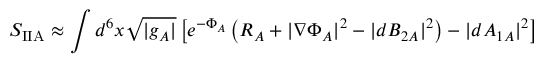
S _ { \mathrm { I I A } } \approx \int d ^ { 6 } x \sqrt { | g _ { A } | } \left[ e ^ { - \Phi _ { A } } \left( R _ { A } + | \nabla \Phi _ { A } | ^ { 2 } - | d B _ { 2 A } | ^ { 2 } \right) - | d A _ { 1 A } | ^ { 2 } \right]